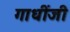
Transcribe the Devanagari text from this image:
गाधींजी